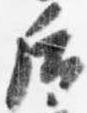
后